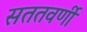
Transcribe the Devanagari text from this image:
सततवर्णी